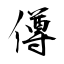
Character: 僔